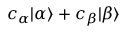
c _ { \alpha } | \alpha \rangle + c _ { \beta } | \beta \rangle